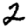
Digit: 2